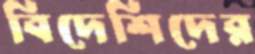
বিদেশিদের